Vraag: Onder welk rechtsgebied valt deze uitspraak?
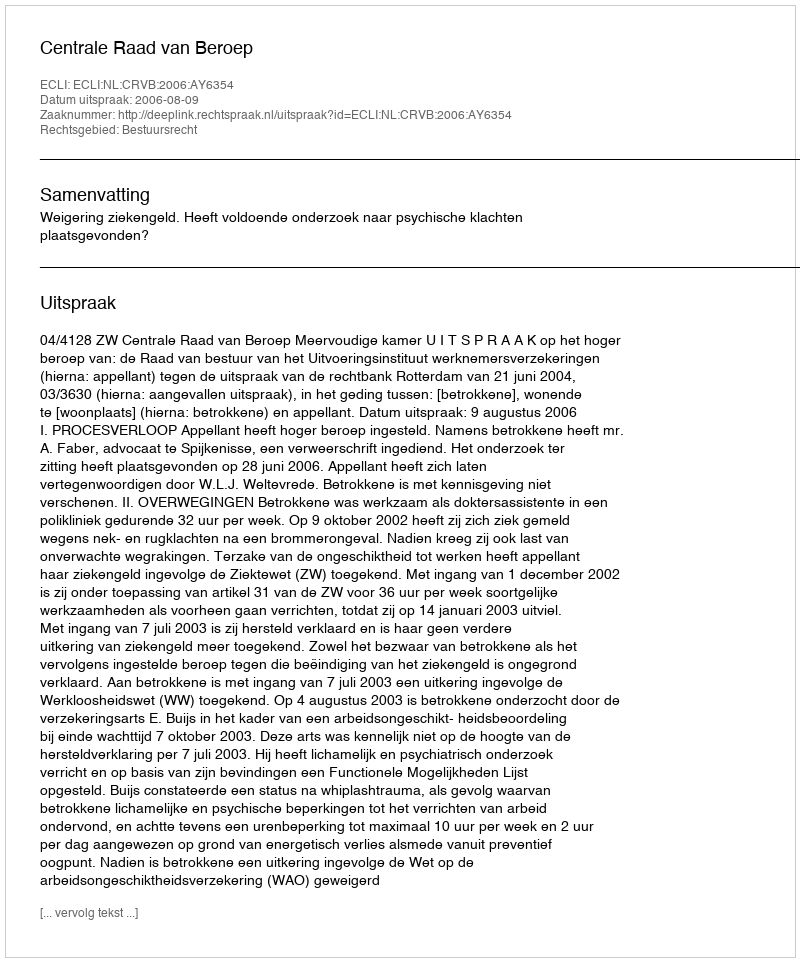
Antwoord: Bestuursrecht